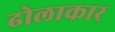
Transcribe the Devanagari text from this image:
ढोलाकार